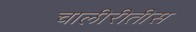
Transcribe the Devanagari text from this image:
चालीरीतीस